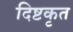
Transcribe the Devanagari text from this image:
दिष्टकृत